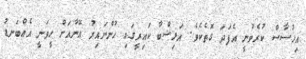
އިހުސާސް ކުރެވުނީ އެފަދަ ގޮތެކެވެ. އަލިޝްބާ ކައިރީގައި ހުންނައިރު އޭނާއަށް ހީވަނީ އެއްބަނޑު